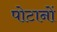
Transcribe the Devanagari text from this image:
पोटानों